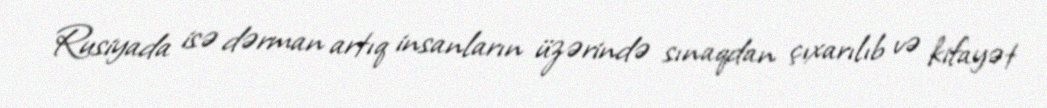
Rusiyada isə dərman artıq insanların üzərində sınaqdan çıxarılıb və kifayət